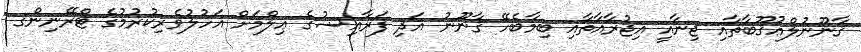
ޤާނޫނުލްޢުޤޫބާތާއި ޖިނާއީ އިޖުރާއާތާއި ބިމާބެހޭ ޤާނޫނު އަދި ފަރާއިޟުގެ ޢިލްމަށް އަހުލުވެރިކުރުމުގެ ޓްރޭނިންގ